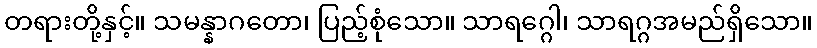
တရားတို့နှင့်။ သမန္နာဂတော၊ ပြည့်စုံသော။ သာရဂ္ဂေါ၊ သာရဂ္ဂအမည်ရှိသော။